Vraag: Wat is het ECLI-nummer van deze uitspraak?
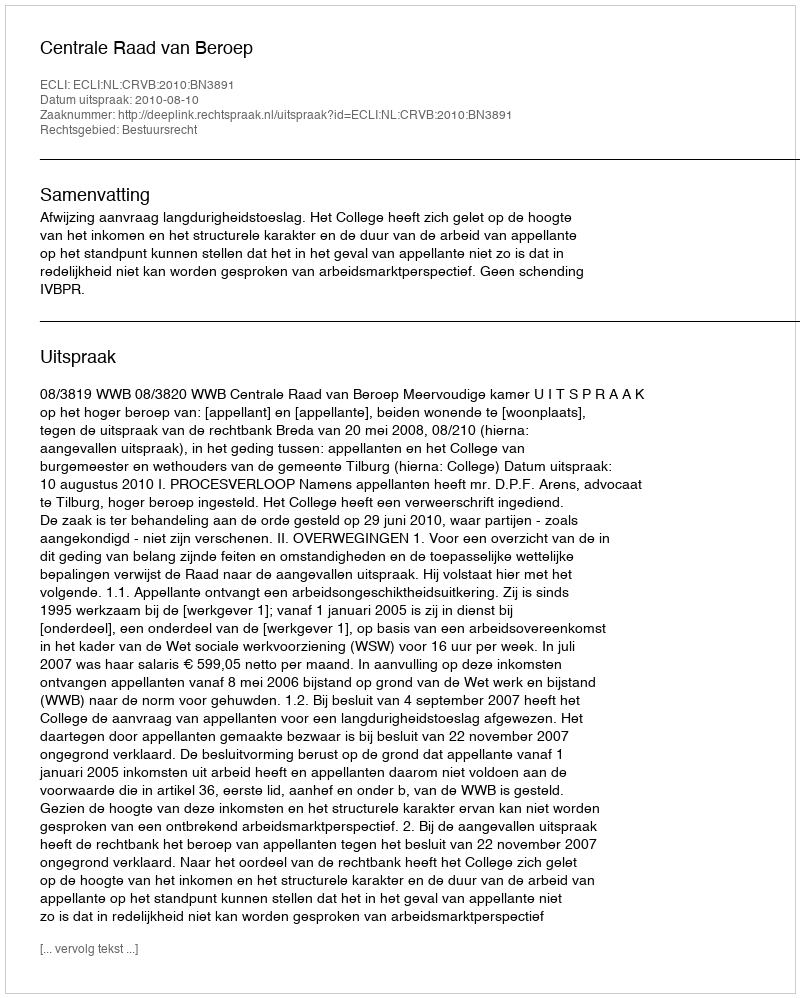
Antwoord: ECLI:NL:CRVB:2010:BN3891